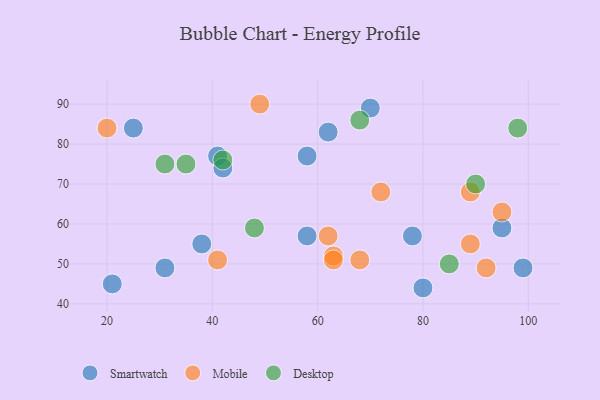
{"axis": {"x": "GDP", "y": "Life Expectancy"}, "legend": ["Desktop", "Mobile", "Smartwatch"], "data": [{"x": "41", "y": 77, "type": "Smartwatch"}, {"x": "95", "y": 59, "type": "Smartwatch"}, {"x": "58", "y": 77, "type": "Smartwatch"}, {"x": "42", "y": 74, "type": "Smartwatch"}, {"x": "58", "y": 57, "type": "Smartwatch"}, {"x": "70", "y": 89, "type": "Smartwatch"}, {"x": "62", "y": 83, "type": "Smartwatch"}, {"x": "99", "y": 49, "type": "Smartwatch"}, {"x": "25", "y": 84, "type": "Smartwatch"}, {"x": "21", "y": 45, "type": "Smartwatch"}, {"x": "31", "y": 49, "type": "Smartwatch"}, {"x": "38", "y": 55, "type": "Smartwatch"}, {"x": "78", "y": 57, "type": "Smartwatch"}, {"x": "80", "y": 44, "type": "Smartwatch"}, {"x": "72", "y": 68, "type": "Mobile"}, {"x": "92", "y": 49, "type": "Mobile"}, {"x": "20", "y": 84, "type": "Mobile"}, {"x": "89", "y": 55, "type": "Mobile"}, {"x": "49", "y": 90, "type": "Mobile"}, {"x": "62", "y": 57, "type": "Mobile"}, {"x": "68", "y": 51, "type": "Mobile"}, {"x": "41", "y": 51, "type": "Mobile"}, {"x": "63", "y": 52, "type": "Mobile"}, {"x": "63", "y": 51, "type": "Mobile"}, {"x": "95", "y": 63, "type": "Mobile"}, {"x": "89", "y": 68, "type": "Mobile"}, {"x": "90", "y": 70, "type": "Desktop"}, {"x": "85", "y": 50, "type": "Desktop"}, {"x": "48", "y": 59, "type": "Desktop"}, {"x": "98", "y": 84, "type": "Desktop"}, {"x": "42", "y": 76, "type": "Desktop"}, {"x": "31", "y": 75, "type": "Desktop"}, {"x": "35", "y": 75, "type": "Desktop"}, {"x": "68", "y": 86, "type": "Desktop"}]}